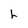
Character: h